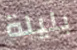
بليلة